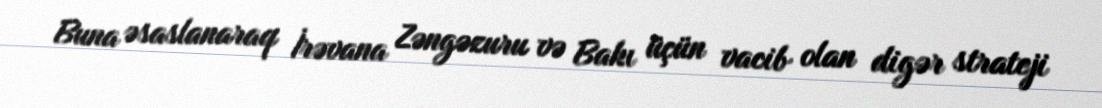
Buna əsaslanaraq İrəvana Zəngəzuru və Bakı üçün vacib olan digər strateji